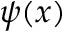
\psi ( x )